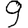
Digit: 9